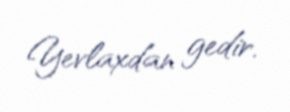
Yevlaxdan gedir.